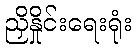
ညှိနှိုင်းရေးရုံး